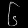
Digit: ၆